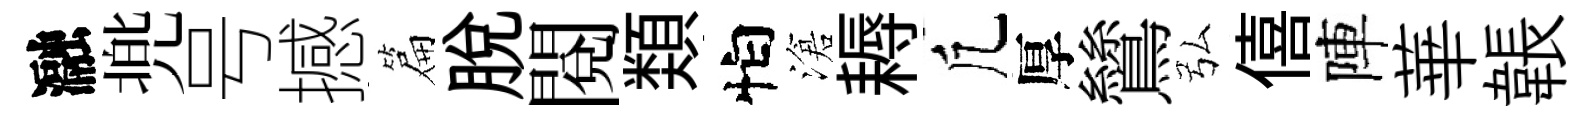
瀜兠号撼篇脱閲𩔖怕滄耨凢厚鷥弘僖陣華韔